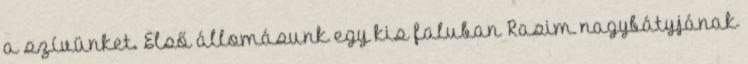
a szívünket. Első állomásunk egy kis faluban Rasim nagybátyjának